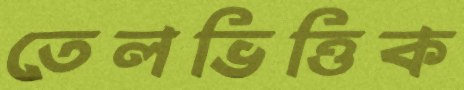
তেলভিত্তিক